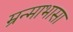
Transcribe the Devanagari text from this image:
म्रन्माभासा